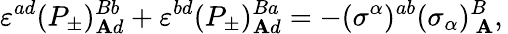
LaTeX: \varepsilon^{ad}(P_{\pm})_{\mathbf{A}d}^{Bb}+\varepsilon^{bd}(P_{\pm})_{\mathbf{A}d}^{Ba}=-(\sigma^{\alpha})^{ab}(\sigma_{\alpha})_{~\mathbf{A}}^{B},\,